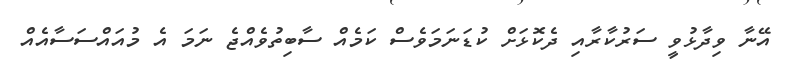
އޭނާ ވިދާޅުވީ ސަރުކާރާއި ދެކޮޅަށް ކުޑަނަމަވެސް ކަމެއް ސާބިތުވެއްޖެ ނަމަ އެ މުއައްސަސާއެއް